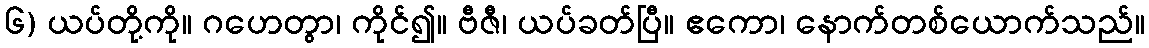
၆) ယပ်တို့ကို။ ဂဟေတွာ၊ ကိုင်၍။ ဗီဇီ၊ ယပ်ခတ်ပြီ။ ဧကော၊ နောက်တစ်ယောက်သည်။